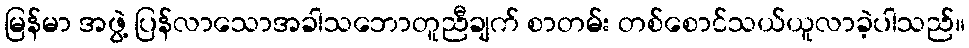
မြန်မာ အဖွဲ့ ပြန်လာသောအခါသဘောတူညီချက် စာတမ်း တစ်စောင်သယ်ယူလာခဲ့ပါသည်။